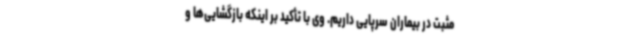
مثبت در بیماران سرپایی داریم. وی با تأکید بر اینکه بازگشایی‌ها و